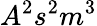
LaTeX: A^{2}s^{2}m^{3}